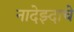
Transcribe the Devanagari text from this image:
नादेझ्दाचे